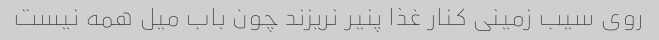
روی سیب زمینی کنار غذا پنیر نریزند چون باب میل همه نیست